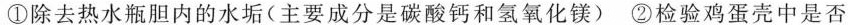
①除去热水瓶胆内的水垢(主要成分是碳酸钙和氢氧化镁)②检验鸡蛋壳中是否